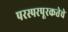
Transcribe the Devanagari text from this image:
परस्परपूरकतेचे